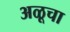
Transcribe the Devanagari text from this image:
अळूचा